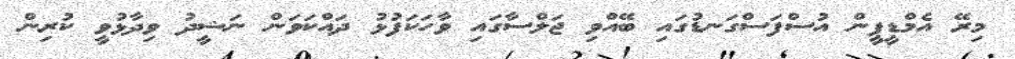
މިރޭ އެމްޑީޕީން އުސްފަސްގަނޑުގައި ބޭއްވި ޖަލްސާގައި ވާހަކަފުޅު ދައްކަވަން ނަޝީދު ވިދާޅުވީ ކުރިން